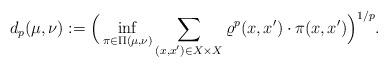
LaTeX: \begin{align*} d_p(\mu,\nu):=\Big(\inf_{\pi\in\Pi(\mu,\nu)}\sum_{(x,x')\in X\times X}\varrho^p(x,x')\cdot\pi(x,x')\Big)^{1/p}.\end{align*}